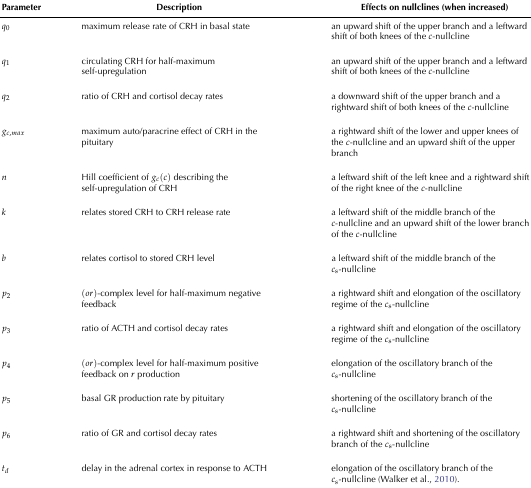
| Parameter | Description | Effects on nullclines (when increased) |
 | --- | --- | --- |
 | q0 | maximum release rate of CRH in basal state | an upward shift of the upper branch and a leftward shift of both knees of the c-nullcline |
 | q1 | circulating CRH for half-maximum self-upregulation | an upward shift of the upper branch and a leftward shift of both knees of the c-nullcline |
 | q2 | ratio of CRH and cortisol decay rates | a downward shift of the upper branch and a rightward shift of both knees of the c-nullcline |
 | gc,max | maximum auto/paracrine effect of CRH in the pituitary | a rightward shift of the lower and upper knees of the c-nullcline and an upward shift of the upper branch |
 | n | Hill coefficient of gc(c) describing the self-upregulation of CRH | a leftward shift of the left knee and a rightward shift of the right knee of the c-nullcline |
 | k | relates stored CRH to CRH release rate | a leftward shift of the middle branch of the c-nullcline and an upward shift of the lower branch of the c-nullcline |
 | b | relates cortisol to stored CRH level | a leftward shift of the middle branch of the cs-nullcline |
 | p2 | (or)-complex level for half-maximum negative feedback | a rightward shift and elongation of the oscillatory regime of the cs-nullcline |
 | p3 | ratio of ACTH and cortisol decay rates | a rightward shift and elongation of the oscillatory regime of the cs-nullcline |
 | p4 | (or)-complex level for half-maximum positive feedback on r production | elongation of the oscillatory branch of the cs-nullcline |
 | p5 | basal GR production rate by pituitary | shortening of the oscillatory branch of the cs-nullcline |
 | p6 | ratio of GR and cortisol decay rates | a rightward shift and shortening of the oscillatory branch of the cs-nullcline |
 | td | delay in the adrenal cortex in response to ACTH | elongation of the oscillatory branch of the cs-nullcline (Walker, Terry, & Lightman, 2010). |